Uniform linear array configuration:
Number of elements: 32
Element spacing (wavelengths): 1
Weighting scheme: uniform
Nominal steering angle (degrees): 60
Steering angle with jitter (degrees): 59.126
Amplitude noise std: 0.05
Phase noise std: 0.05

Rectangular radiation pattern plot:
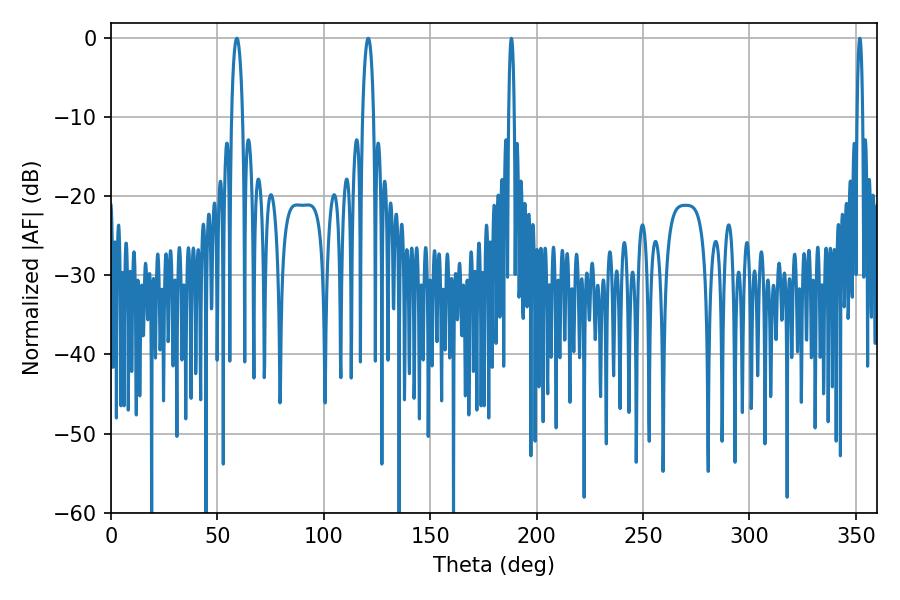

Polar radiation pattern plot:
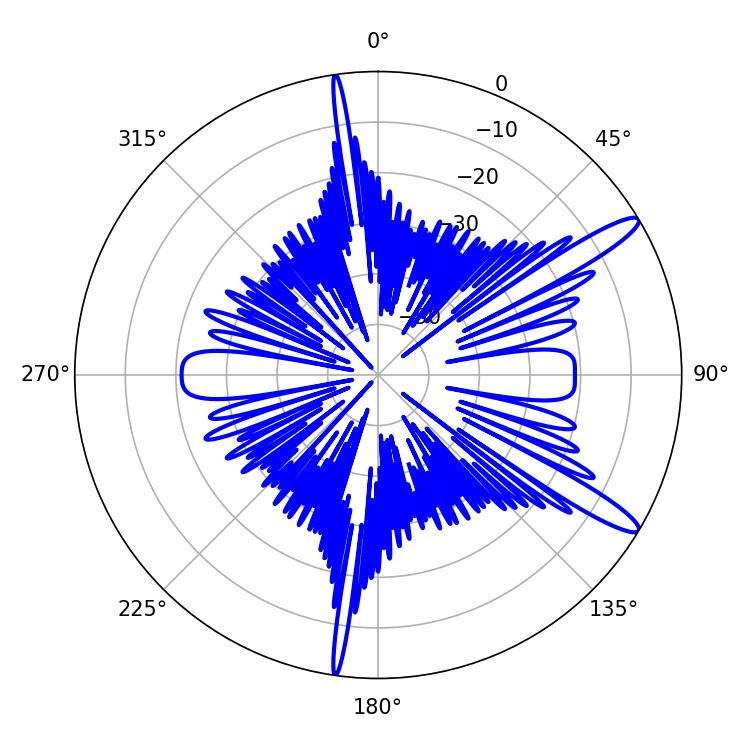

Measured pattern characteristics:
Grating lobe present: TRUE
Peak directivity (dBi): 13.273
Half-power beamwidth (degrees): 1.44
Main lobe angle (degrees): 188.1